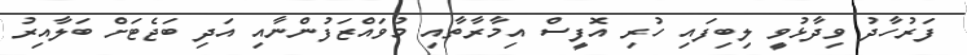
ފަރުހާދު ވިދާޅުވީ ލިބިފައި ހުރި އޮފީސް އިމާރާތާއި މުވައްޒަފުންނާއި އަދި ބަޖެޓަށް ބަލާއިރު